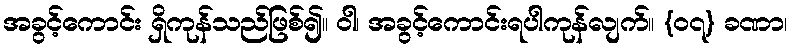
အခွင့်ကောင်း ရှိကုန်သည်ဖြစ်၍။ ဝါ၊ အခွင့်ကောင်းရပါကုန်လျက်။ {၀၇} ခဏာ၊